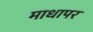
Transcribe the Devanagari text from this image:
माधापर